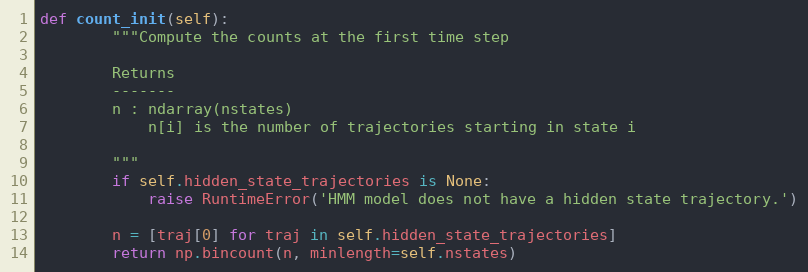
Language: Python
def count_init(self):
        """Compute the counts at the first time step

        Returns
        -------
        n : ndarray(nstates)
            n[i] is the number of trajectories starting in state i

        """
        if self.hidden_state_trajectories is None:
            raise RuntimeError('HMM model does not have a hidden state trajectory.')

        n = [traj[0] for traj in self.hidden_state_trajectories]
        return np.bincount(n, minlength=self.nstates)